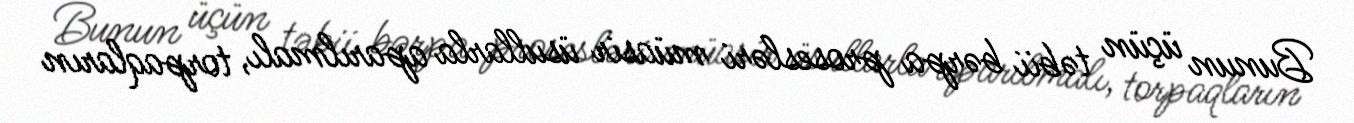
Bunun üçün təbii bərpa prosesləri müasir üsullarla aparılmalı, torpaqların